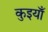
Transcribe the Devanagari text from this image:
कुइयाँ